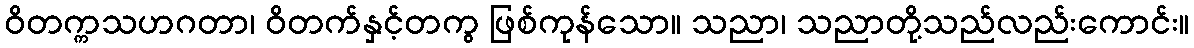
ဝိတက္ကသဟဂတာ၊ ဝိတက်နှင့်တကွ ဖြစ်ကုန်သော။ သညာ၊ သညာတို့သည်လည်းကောင်း။